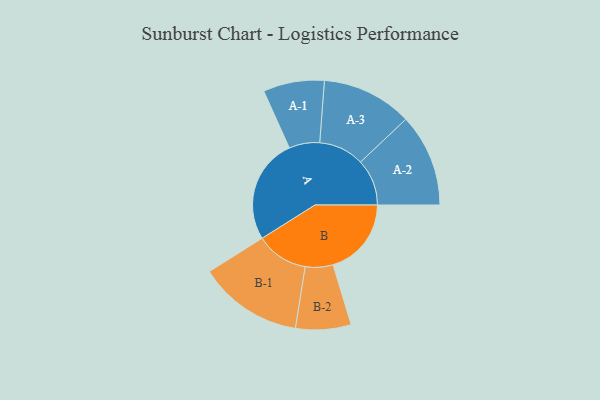
{"axis": {"x": "Segment", "y": "Value"}, "legend": ["", "A", "B"], "data": [{"x": "A", "y": 470, "type": ""}, {"x": "B", "y": 351, "type": ""}, {"x": "A-1", "y": 137, "type": "A"}, {"x": "A-2", "y": 208, "type": "A"}, {"x": "A-3", "y": 203, "type": "A"}, {"x": "B-1", "y": 234, "type": "B"}, {"x": "B-2", "y": 124, "type": "B"}]}